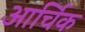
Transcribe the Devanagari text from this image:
आर्चिक